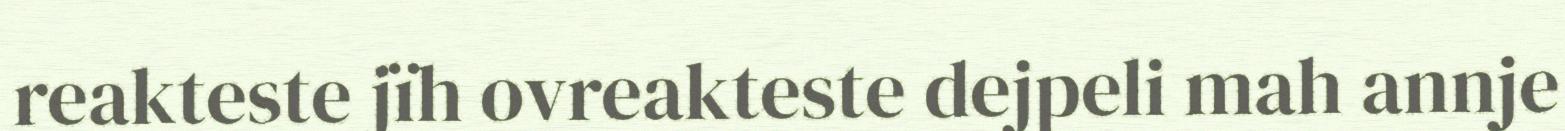
reakteste jïh ovreakteste dejpeli mah annje